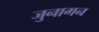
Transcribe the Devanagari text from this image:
जुनागन